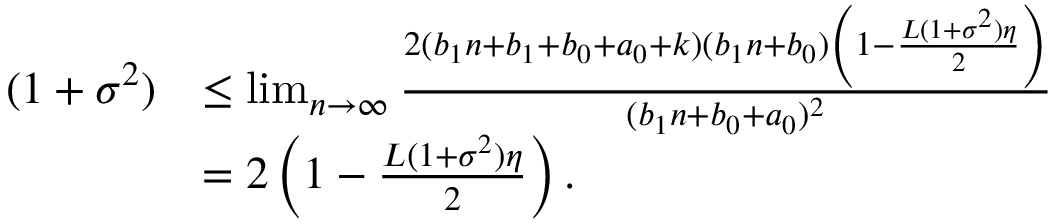
\begin{array} { r l } { ( 1 + \sigma ^ { 2 } ) } & { \leq \operatorname* { l i m } _ { n \rightarrow \infty } \frac { 2 ( b _ { 1 } n + b _ { 1 } + b _ { 0 } + a _ { 0 } + k ) ( b _ { 1 } n + b _ { 0 } ) \left( 1 - \frac { L ( 1 + \sigma ^ { 2 } ) \eta } 2 \right) } { ( b _ { 1 } n + b _ { 0 } + a _ { 0 } ) ^ { 2 } } } \\ & { = 2 \left( 1 - \frac { L ( 1 + \sigma ^ { 2 } ) \eta } 2 \right) . } \end{array}